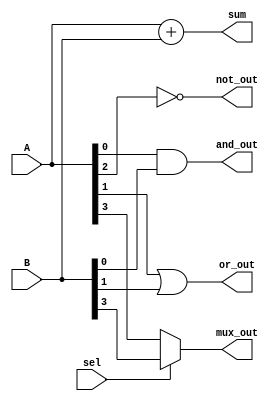
module combinational_logic_block (
    input wire [3:0] A,       // 4-bit input A
    input wire [3:0] B,       // 4-bit input B
    input wire sel,           // Select signal for multiplexer
    output wire [3:0] sum,    // Output for adder
    output wire and_out,      // Output for AND gate
    output wire or_out,       // Output for OR gate
    output wire not_out,      // Output for NOT gate
    output wire mux_out       // Output for multiplexer
);

// Basic Logic Operations
assign and_out = A[0] & B[0]; // AND operation
assign or_out = A[1] | B[1];  // OR operation
assign not_out = ~A[2];       // NOT operation

// 4-bit Adder
assign sum = A + B;           // Sum of A and B

// 2-to-1 Multiplexer
assign mux_out = sel ? B[3] : A[3]; // MUX output based on select signal

endmodule